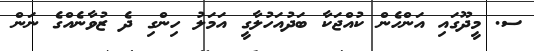
ސ. މީދޫގައި އަންހެން ކުއްޖަކާ ބަދުއަހުލާގީ އަމަލު ހިންގި ދެ ޒުވާނެއްގެ ނަން